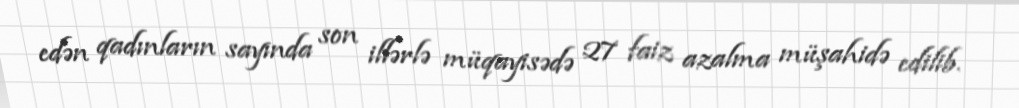
edən qadınların sayında son illərlə müqayisədə 27 faiz azalma müşahidə edilib.